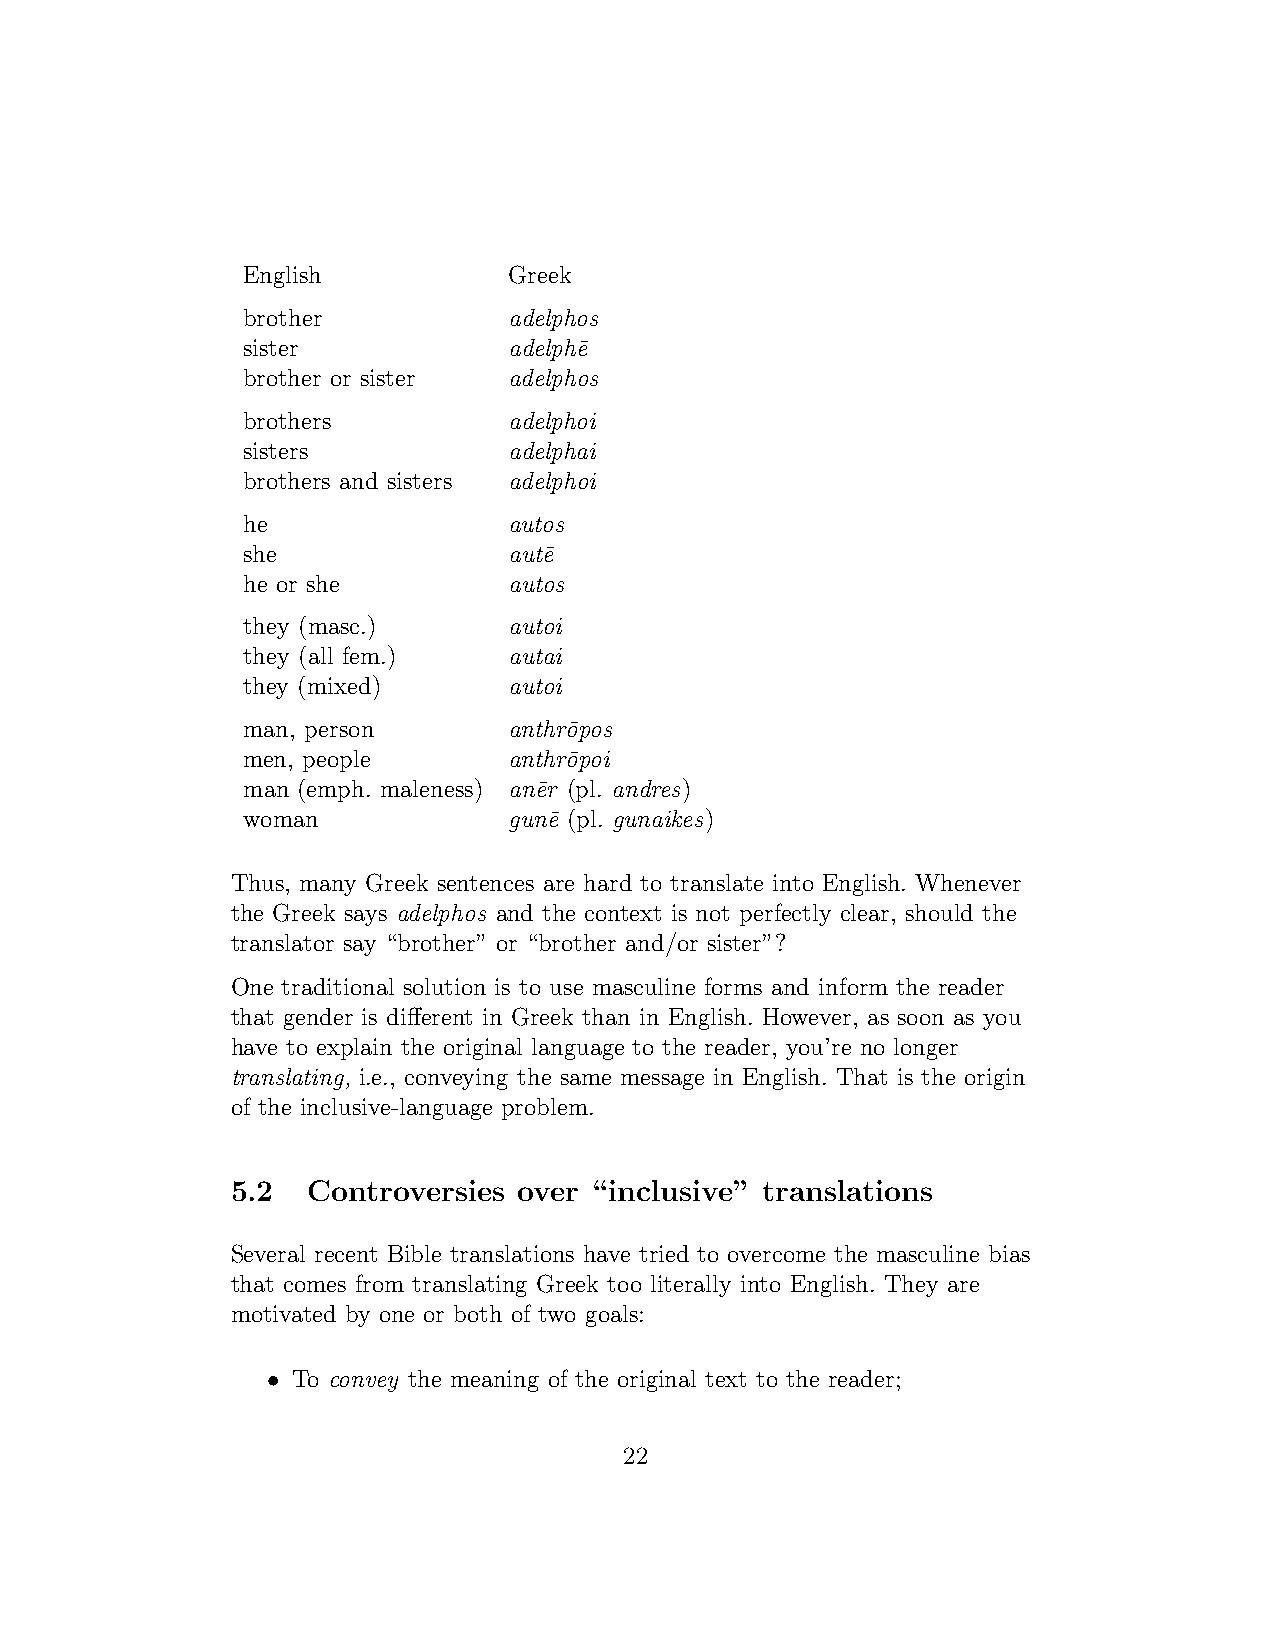
English           Greek
 brother           adelphos
 sister            adelph¯e
 brother or sister adelphos
 brothers          adelphoi
 sisters           adelphai
 brothers and sisters adelphoi
 he                autos
 she               aut¯e
 he or she         autos
 they (masc.)      autoi
 they (all fem.)   autai
 they (mixed)      autoi
 man, person       anthr¯opos
 men, people       anthr¯opoi
 man (emph. maleness) an¯er (pl. andres)
 woman             gun¯e (pl. gunaikes)
 Thus, many Greek sentences are hard to translate into English. Whenever
 the Greek says adelphos and the context is not perfectly clear, should the
 translator say “brother” or “brother and/or sister”?
 One traditional solution is to use masculine forms and inform the reader
 that gender is different in Greek than in English. However, as soon as you
 have to explain the original language to the reader, you’re no longer
 translating, i.e., conveying the same message in English. That is the origin
 of the inclusive-language problem.
 5.2  Controversies over “inclusive” translations
 Several recent Bible translations have tried to overcome the masculine bias
 that comes from translating Greek too literally into English. They are
 motivated by one or both of two goals:
 •
 To convey the meaning of the original text to the reader;
 22